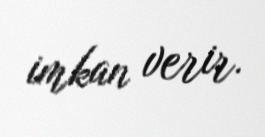
imkan verir.